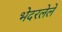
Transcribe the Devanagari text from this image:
भेदरलेले